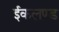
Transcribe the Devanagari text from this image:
ईकलण्ड